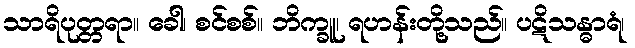
သာရိပုတ္တရာ။ ခေါ၊ စင်စစ်။ ဘိက္ခူ၊ ရဟန်းတို့သည်။ ပဋိသန္ဓာရံ၊